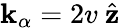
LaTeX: {\boldsymbol{\mathbf{k}}_{\alpha}=2v\hat{{\boldsymbol{\mathrm{{~z~}}}}}}